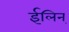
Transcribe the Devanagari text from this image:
ईलिन्